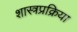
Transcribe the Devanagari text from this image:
शास्त्रप्रक्रिया